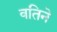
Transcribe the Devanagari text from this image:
वतिने